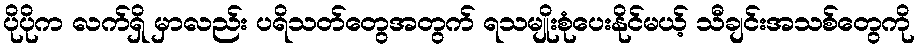
ပိုပိုက လက်ရှိ မှာလည်း ပရိသတ်တွေအတွက် ရသမျိုးစုံပေးနိုင်မယ့် သီချင်းအသစ်တွေကို